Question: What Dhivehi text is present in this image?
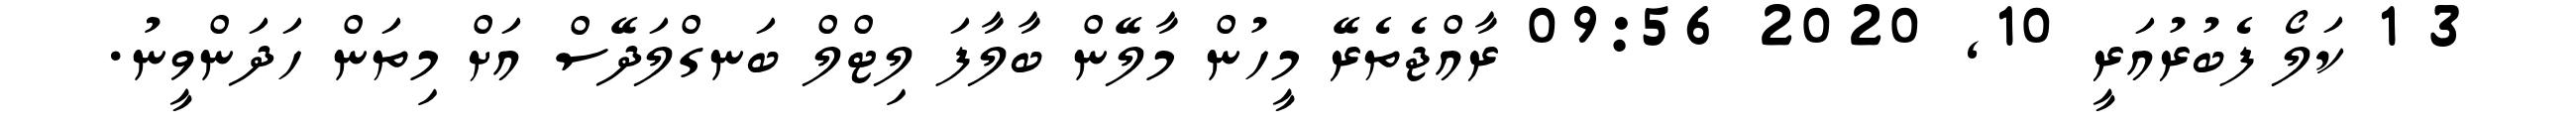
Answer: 3 1 ކަލޯ ފެބުރުއަރީ 10, 2020 09:56 ރާއްޖެތެރޭ މީހުން މާލޭން ބާލާފަ ލިޓްލް ބަނގްލަދޭސް އަށް މިތަން ހަދަންވީނު.